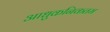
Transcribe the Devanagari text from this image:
आधुकनिकतम